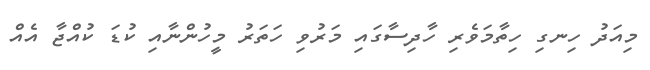
މިއަދު ހިނގި ހިތާމަވެރި ހާދިސާގައި މަރުވި ހަތަރު މީހުންނާއި ކުޑަ ކުއްޖާ އެއް